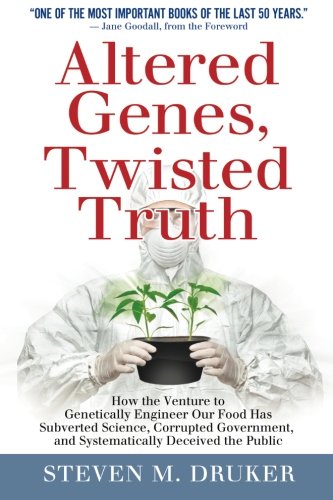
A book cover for Altered Genes, Twisted Truth: How the Venture to Genetically Engineer Our Food Has Subverted Science, Corrupted Government, and Systematically Deceived the Public; Steven Druker; Engineering & Transportation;